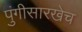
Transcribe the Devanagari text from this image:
पुंगीसारखेच